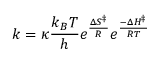
k = \kappa { \frac { k _ { B } T } { h } } e ^ { \frac { \Delta S ^ { \ddagger } } { R } } e ^ { \frac { - \Delta H ^ { \ddagger } } { R T } }